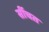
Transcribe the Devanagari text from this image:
सींचत